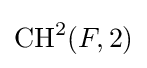
{\text{CH}}^{2}(F,2)